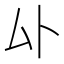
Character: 𫨦